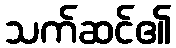
သက်ဆင်၏